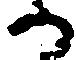
る